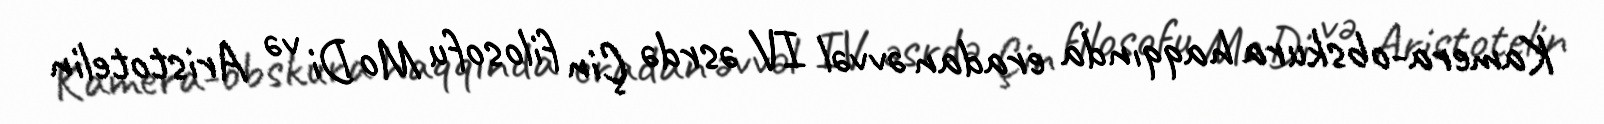
Kamera-obskura haqqında eradan əvvəl IV əsrdə Çin filosofu Mo Di və Aristotelin